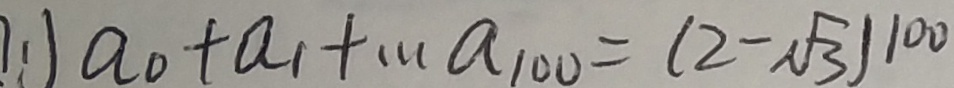
( 1 ) a _ { 0 } + a _ { 1 } + \cdots a _ { 1 0 0 } = ( 2 - \sqrt { 3 } ) ^ { 1 0 0 }